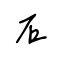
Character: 石